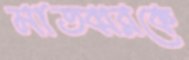
মাতব্বরকে